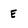
Character: E